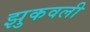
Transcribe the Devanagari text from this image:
झुकवली